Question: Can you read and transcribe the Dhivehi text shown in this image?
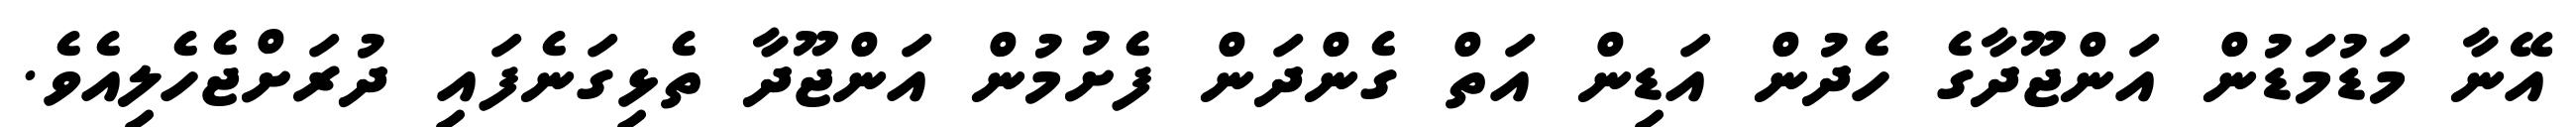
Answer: އޭނާ މަޑުމަޑުން އަންޖޫދާގެ ހެދުން އަޑިން އަތް ގެންދަން ފެށުމުން އަންޖޫދާ ތެޅިގަނެފައި ދުރަށްޖެހެލިއެވެ.